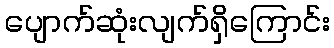
ပျောက်ဆုံးလျက်ရှိကြောင်း